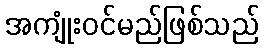
အကျုံးဝင်မည်ဖြစ်သည်